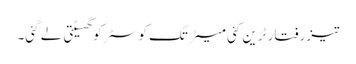
تیز رفتار ٹرین کئی میٹر تک کوسٹر کو گھسیٹتی لے گئی۔